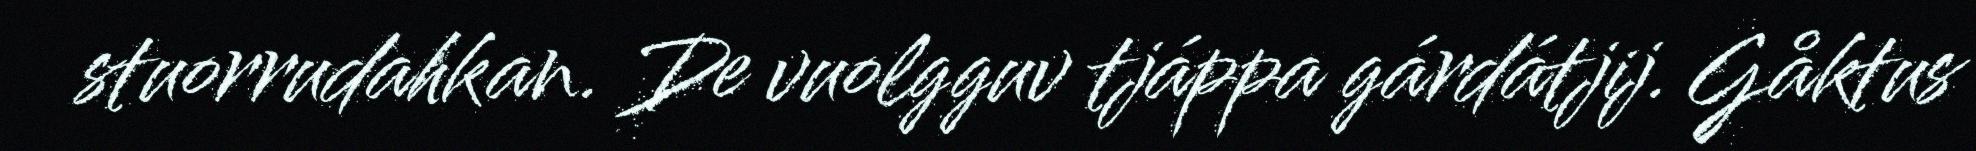
stuorrudahkan. De vuolgguv tjáppa gárdátjij. Gåktus